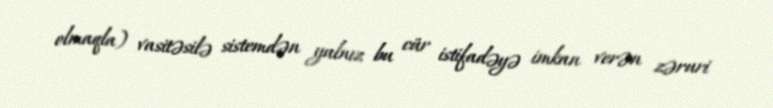
olmaqla) vasitəsilə sistemdən yalnız bu cür istifadəyə imkan verən zəruri